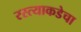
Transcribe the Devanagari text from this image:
रस्त्याकडेचा